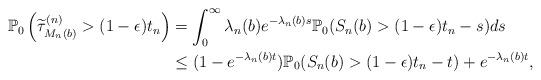
LaTeX: \begin{align*} \mathbb{P}_0\left(\widetilde{\tau}^{(n)}_{M_n(b)}>(1-\epsilon)t_n\right)&=\int_0^\infty\lambda_n(b)e^{-\lambda_n(b)s}\mathbb{P}_0(S_n(b)>(1-\epsilon)t_n-s)ds\\&\le (1-e^{-\lambda_n(b)t})\mathbb{P}_0(S_n(b)>(1-\epsilon)t_n-t)+e^{-\lambda_n(b)t},\end{align*}